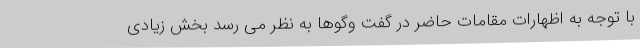
با توجه به اظهارات مقامات حاضر در گفت وگوها به نظر می رسد بخش زیادی